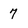
Character: 7